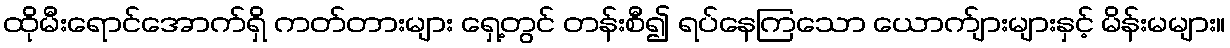
ထိုမီးရောင်အောက်ရှိ ကတ်တားများ ရှေ့တွင် တန်းစီ၍ ရပ်နေကြသော ယောက်ျားများနှင့် မိန်းမများ။